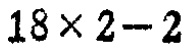
$18\times 2 - 2$